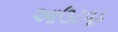
આઉટવૂડ